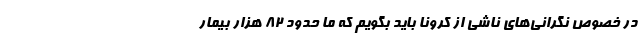
در خصوص نگرانی‌های ناشی از کرونا باید بگویم که ما حدود ۸۲ هزار بیمار